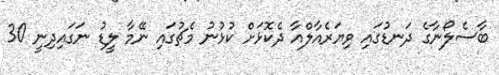
ބާސެލޯނާގެ ދަނޑުގައި ވިޔަރެއާލްއާ ދެކޮޅަށް ކުޅުނު މެޗުގައި ނޭމާ ލީޑު ނަގައިދިނީ 30